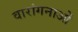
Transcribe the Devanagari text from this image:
वारांगनाओं